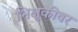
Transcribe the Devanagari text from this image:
भिक्षुकीवर